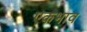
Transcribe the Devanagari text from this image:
एकभाव